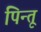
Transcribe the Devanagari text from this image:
पिन्तू